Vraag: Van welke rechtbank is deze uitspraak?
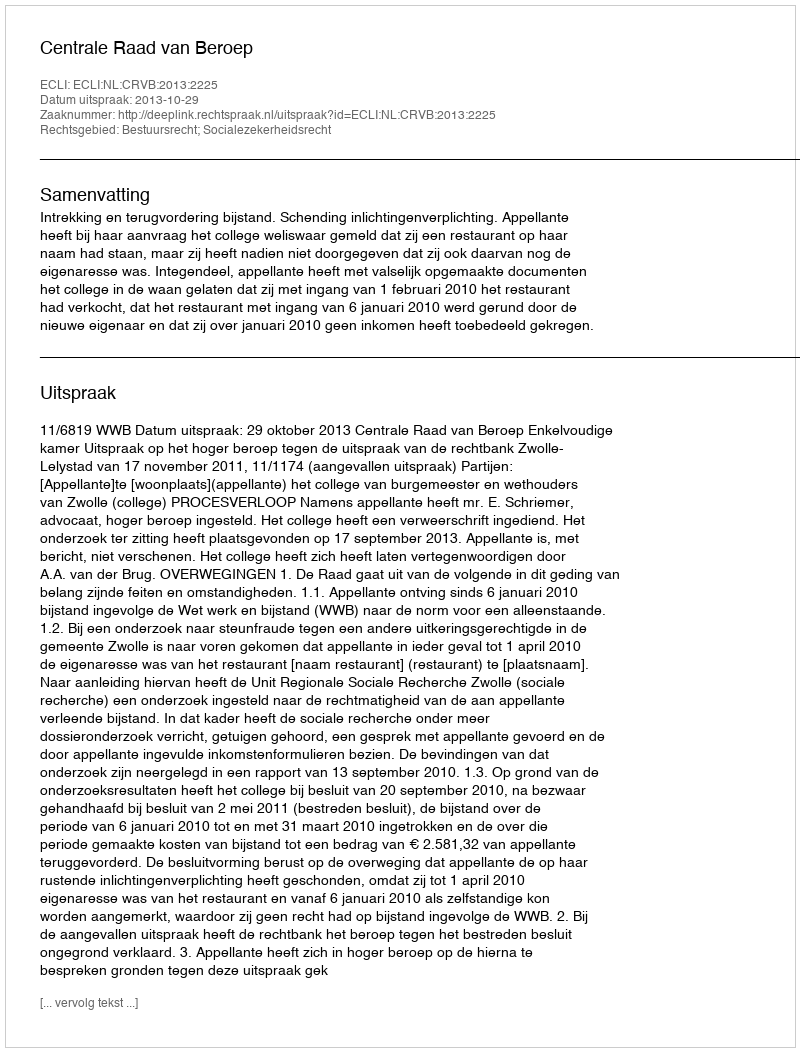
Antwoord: Centrale Raad van Beroep